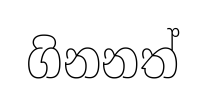
ගිනනත්